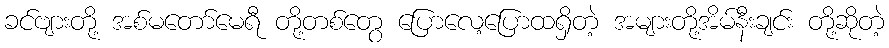
ခင်ဗျားတို့ အစ်မတော်မေရီ တို့တစ်တွေ ပြောလေ့ပြောထရှိတဲ့ အများတို့အိမ်နီးချင်း တို့ဆိုတဲ့